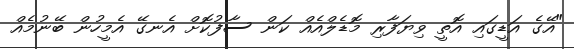
"އޭގެ އަޑީގައި އޮތީ ވިޔަފާރި މޮޑެލްއެއް ކަން ސާފުކޮށް އެނގޭ އެމީހުން ބޭނުމެއް